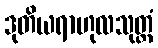
ဒုတိယရာဟုလသုတ္တံ